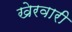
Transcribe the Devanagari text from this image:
खेरवारी